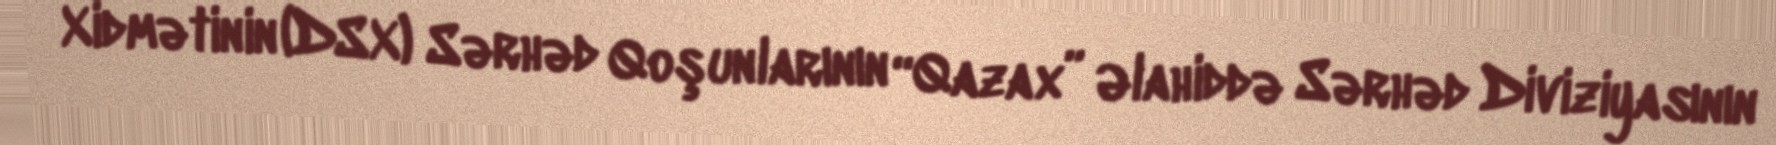
Xidmətinin (DSX) Sərhəd Qoşunlarının “Qazax” Əlahiddə Sərhəd Diviziyasının